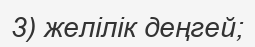
3) желілік деңгей;